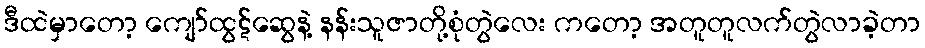
ဒီထဲမှာတော့ ကျော်ထွဋ်ဆွေနဲ့ နန်းသူဇာတို့စုံတွဲလေး ကတော့ အတူတူလက်တွဲလာခဲ့တာ